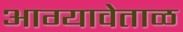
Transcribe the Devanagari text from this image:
आग्यावेताळ